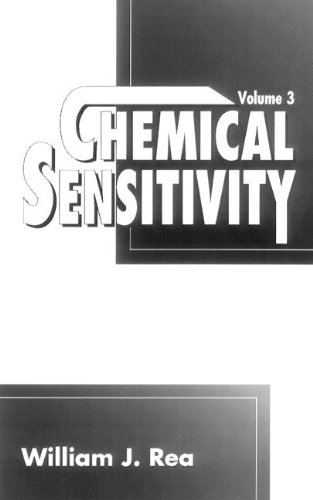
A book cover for Chemical Sensitivity, Vol. 3: Clinical Manifestations of Pollutant Overload; William J. Rea; Medical Books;